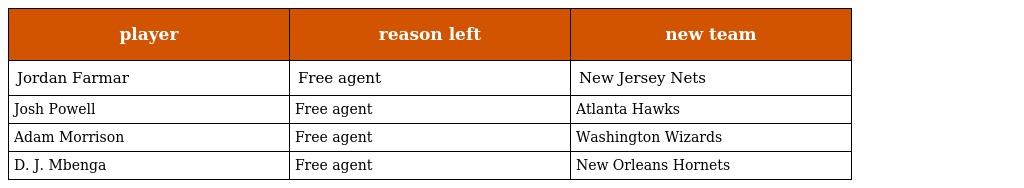
| player | reason left | new team |
 | --- | --- | --- |
 | Jordan Farmar | Free agent | New Jersey Nets |
 | Josh Powell | Free agent | Atlanta Hawks |
 | Adam Morrison | Free agent | Washington Wizards |
 | D. J. Mbenga | Free agent | New Orleans Hornets |